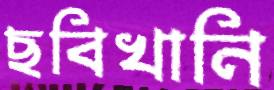
ছবিখানি